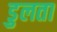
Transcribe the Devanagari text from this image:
डुलता